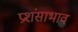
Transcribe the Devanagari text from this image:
प्रशंसाभाव